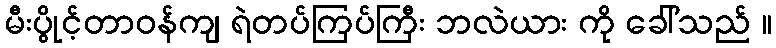
မီးပွိုင့်တာဝန်ကျ ရဲတပ်ကြပ်ကြီး ဘလဲယား ကို ခေါ်သည် ။